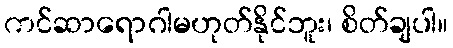
ကင်ဆာရောဂါမဟုတ်နိုင်ဘူး၊ စိတ်ချပါ။